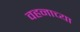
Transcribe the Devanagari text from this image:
वहनाच्या